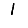
Digit: 1